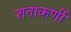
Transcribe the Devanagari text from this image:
शताकर्णी